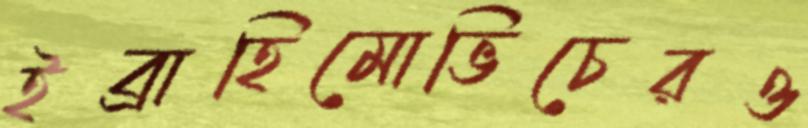
ইব্রাহিমোভিচেরও